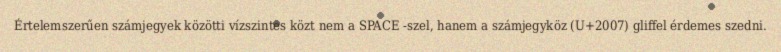
Értelemszerűen számjegyek közötti vízszintes közt nem a SPACE -szel, hanem a számjegyköz (U+2007) gliffel érdemes szedni.